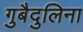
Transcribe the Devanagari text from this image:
गुबैदुलिना